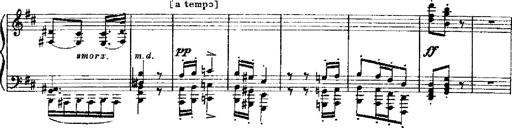
Title: RÃ©miniscences de Robert le diable
Composer: Franz Liszt